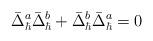
LaTeX: \begin{align*}\bar{\Delta}^a_\hbar\bar{\Delta}^b_\hbar+\bar{\Delta}^b_\hbar\bar{\Delta}^a_\hbar=0\end{align*}